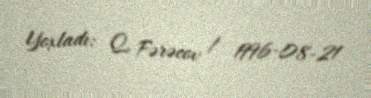
Yoxladı: Q. Fərəcov / 1996-08-21